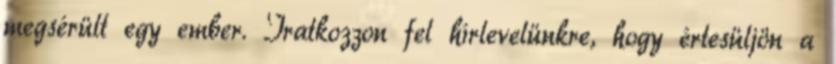
megsérült egy ember. Iratkozzon fel hírlevelünkre, hogy értesüljön a